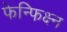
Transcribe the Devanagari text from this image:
फेन्फिक्ष्न